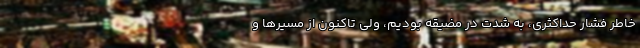
خاطر فشار حداکثری، به شدت در مضیقه بودیم، ولی تاکنون از مسیرها و